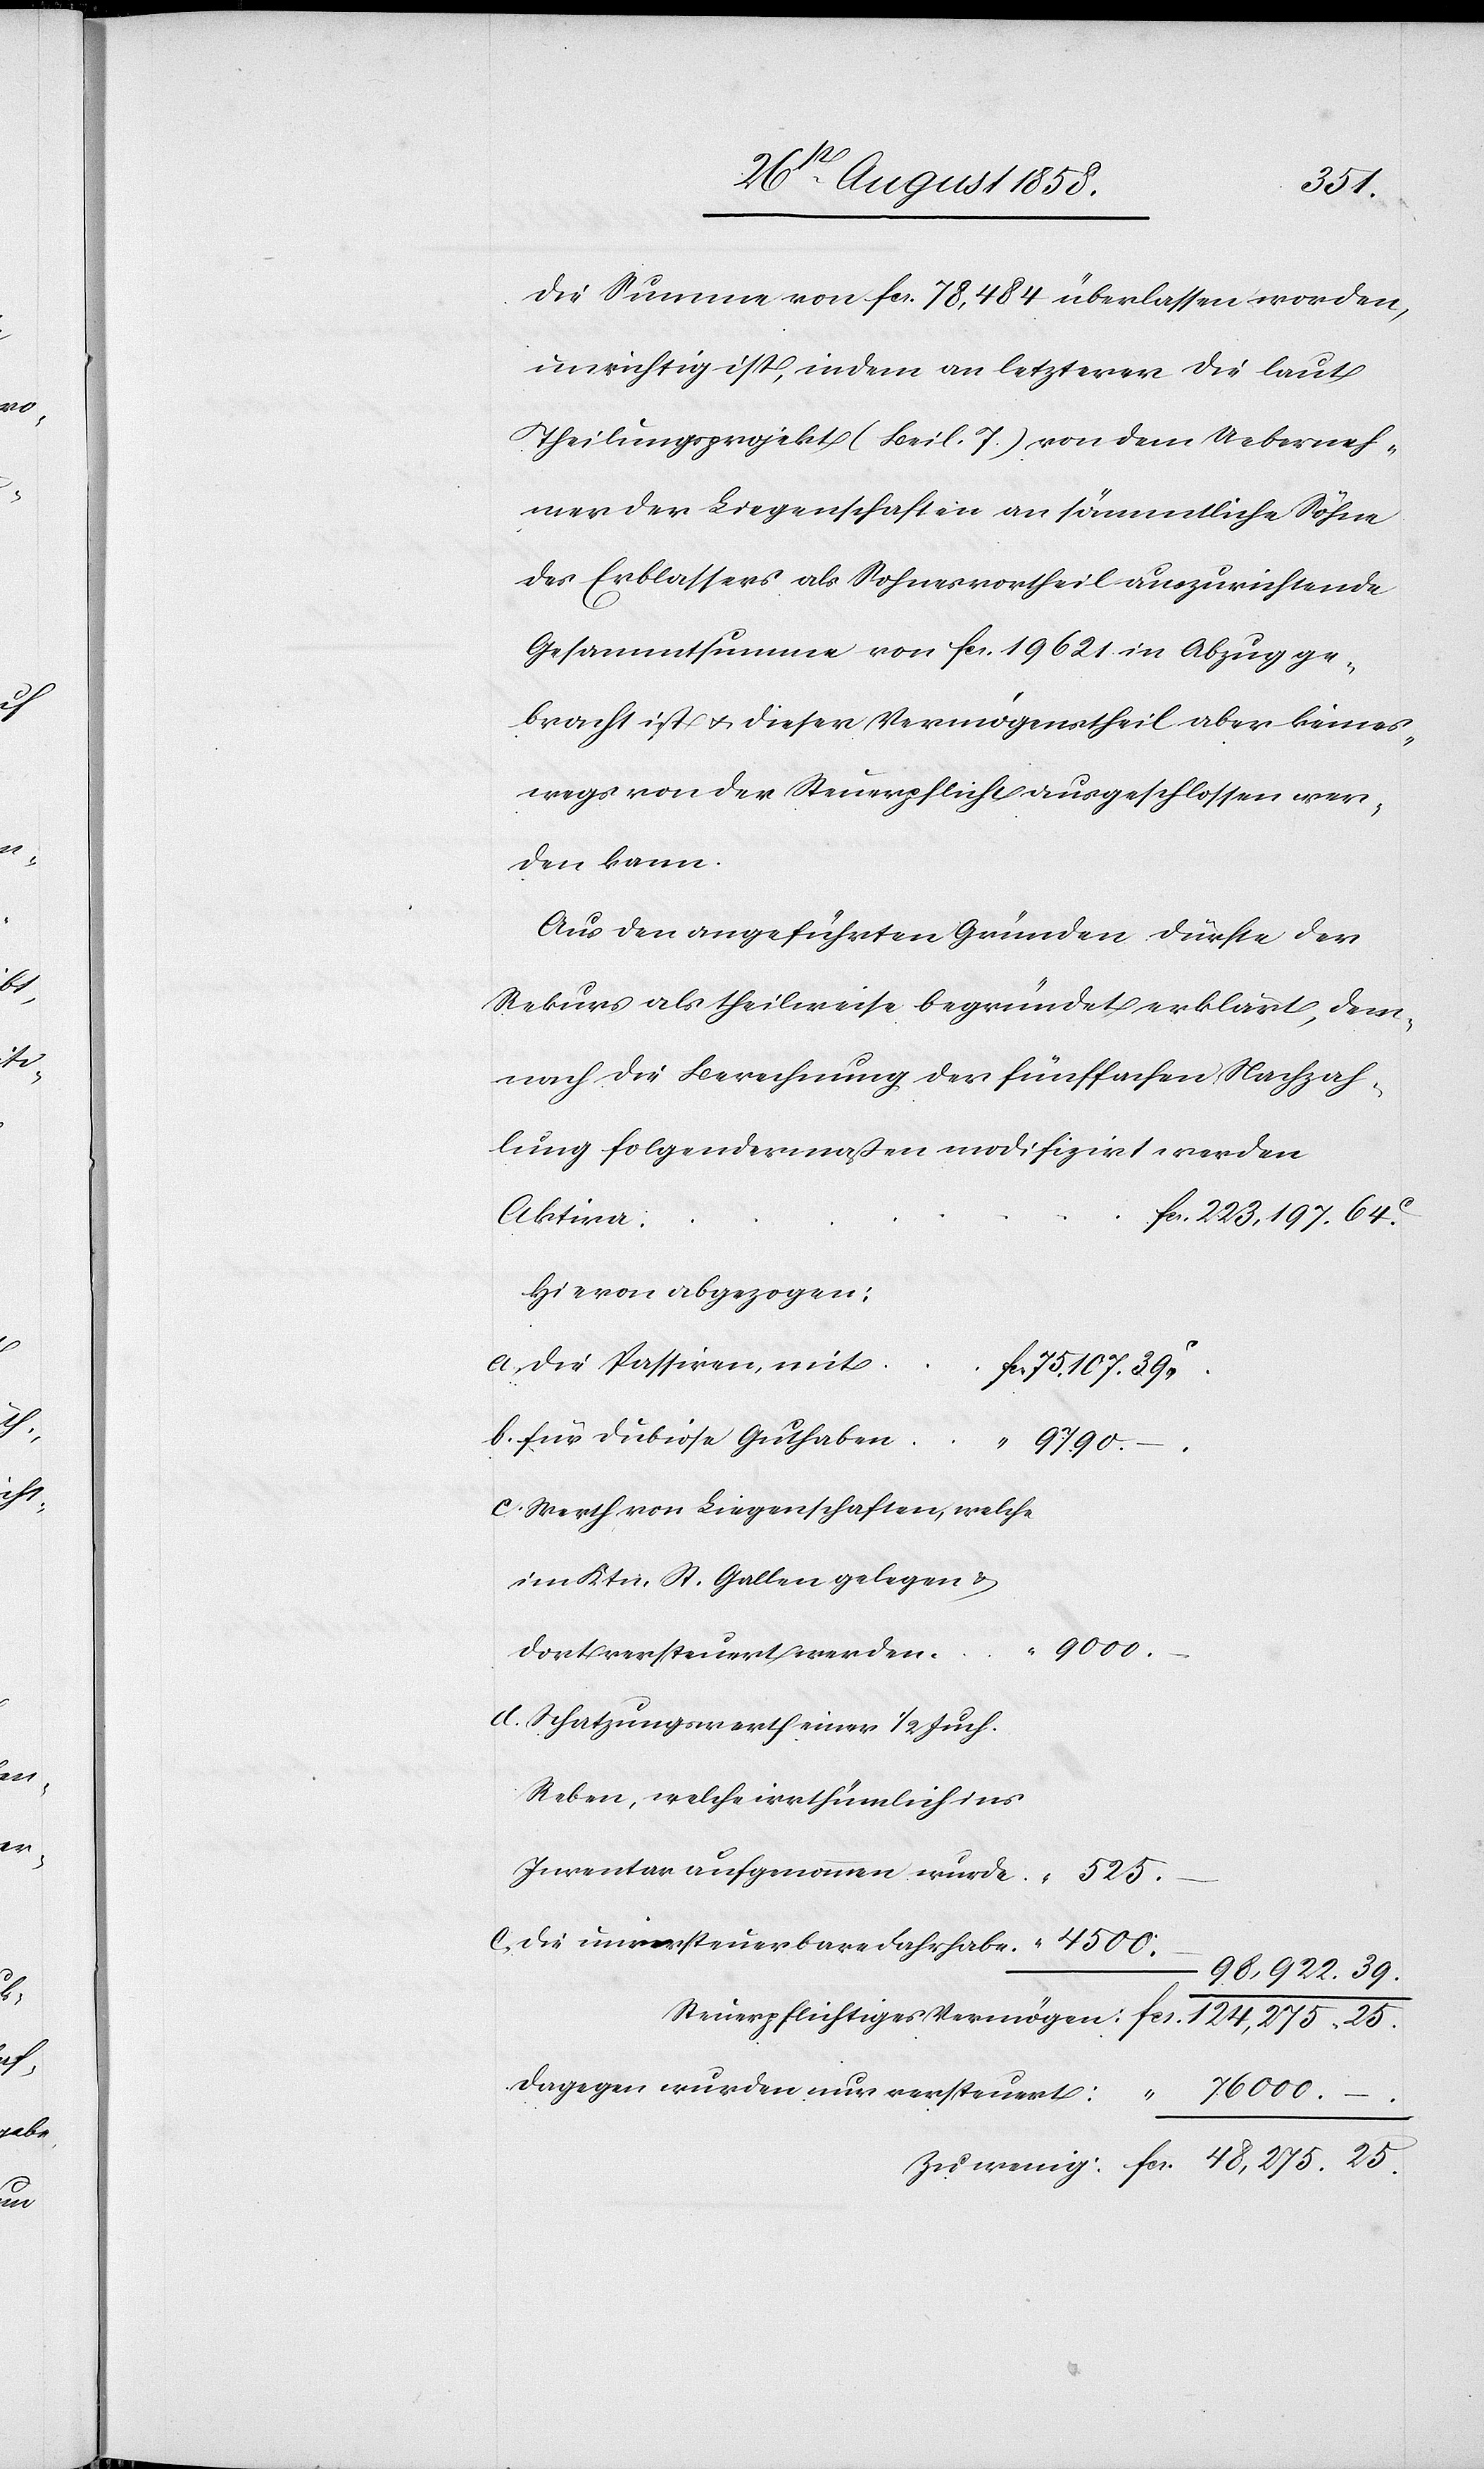
25.

die Summe von fcs. 78,484 überlassen worden,
unrichtig ist, indem an letzterer die laut
Theilungsprojekt (Beil. 7.) von dem Ueberneh¬
mer der Liegenschaften an sämmtliche Söhne
des Erblassers als Sohnesvortheil auszurichtende
Gesammtsumme von fcs. 19 621 in Abzug ge¬
bracht ist & dieser Vermögenstheil aber keines¬
wegs von der Steuerpflicht ausgeschlossen wer¬
den kann.
Aus den angeführten Gründen dürfte der
Rekurs als theilweise begründet erklärt, dem¬
nach die Berechnung der fünffachen Nachzah¬
lung folgendermaßen modifizirt werden
Aktiva:
fcs. 223,197. 64C.
Hievon abgezogen:
a.
die Passiven mit
fcs. 75 107. 39C.
für dubiose Guthaben
–
9790.
Werth von Liegenschaften, welche
im Ktn. St. Gallen gelegen &
9000.
dort versteuert werden
d.
Schatzungswerth einer 1/2 Juch.
Reben, welche irrthümlich ins
Inventar aufgenommen wurde
die unversteuerbare Fahrhabe
98,922. 39.
Dagegen wurden nur versteuert: